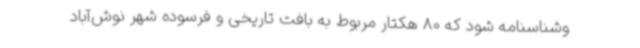
وشناسنامه شود که 80 هکتار مربوط به بافت تاریخی و فرسوده شهر نوش‌آباد